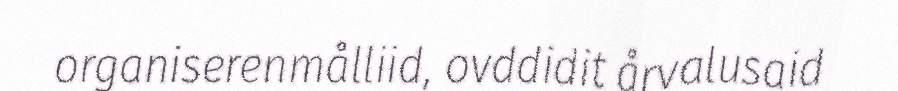
organiserenmålliid, ovddidit årvalusaid